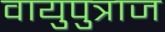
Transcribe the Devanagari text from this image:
वायुपुत्राज